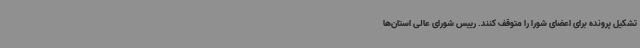
تشکیل پرونده برای اعضای شورا را متوقف کنند. رییس شورای عالی استان‌ها